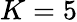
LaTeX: K=5